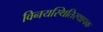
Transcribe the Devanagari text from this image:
विनयस्थितिस्थापक